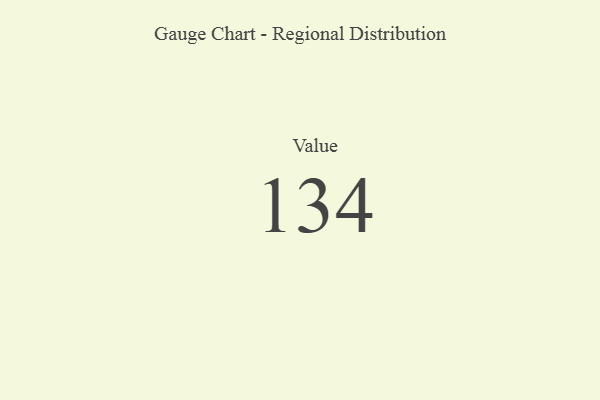
{"axis": {"x": "Metric", "y": "Value"}, "legend": [""], "data": [{"x": "Value", "y": 134, "type": ""}]}